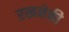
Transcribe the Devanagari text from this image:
रखनेकी